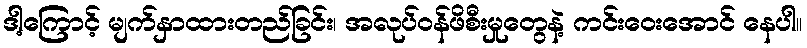
ဒါ့ကြောင့် မျက်နှာထားတည်ခြင်း၊ အလုပ်ဝန်ဖိစီးမှုတွေနဲ့ ကင်းဝေးအောင် နေပါ။